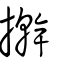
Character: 擀